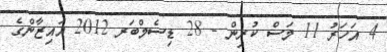
4 އަހަރު 11 މަސް ކުރިން - 28 ޑިސެމްބަރ 2012 އައިޒާންގެ